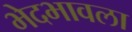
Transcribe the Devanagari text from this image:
भेदभावला